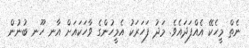
ނެތް މީހެކޭ އެއްފަދައެވެ. މަދު ފަހަރަކު އެމީހުންގެ ވާހަކައަށް އާނ ހޫނ ބުނުން